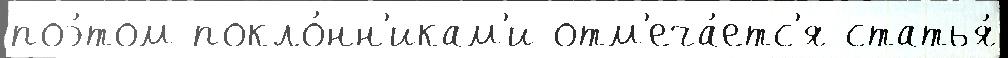
поэ́том покло́нн'икам'и отм'еча́етс'я статья́